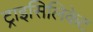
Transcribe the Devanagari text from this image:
ट्राइसिलिकेट